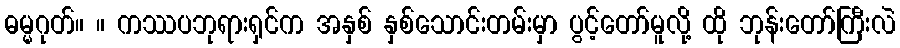
ဓမ္မဂုတ်။ ။ ကဿပဘုရားရှင်က အနှစ် နှစ်သောင်းတမ်းမှာ ပွင့်တော်မူလို့ ထို ဘုန်းတော်ကြီးလဲ